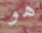
هو